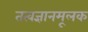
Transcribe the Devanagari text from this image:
तत्वज्ञानमूलक